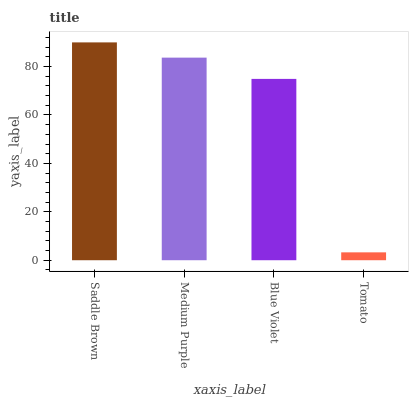
| xaxis_label | bars |
 | --- | --- |
 | Saddle Brown | 90 |
 | Medium Purple | 83.7 |
 | Blue Violet | 74.9 |
 | Tomato | 3.25 |